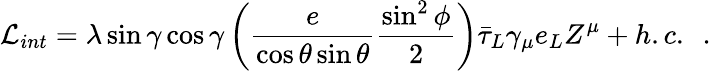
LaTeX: {\cal L}_{int}=\lambda\sin\gamma\cos\gamma\left(\frac{e}{\cos\theta\sin\theta}\frac{\sin^{2}\phi}{2}\right){\bar{\tau}}_{L}{\gamma}_{\mu}e_{L}Z^{\mu}+h.c.~~.